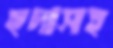
হুদাসহ